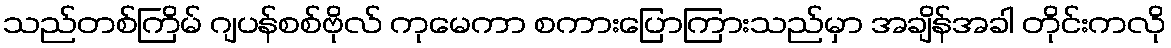
သည်တစ်ကြိမ် ဂျပန်စစ်ဗိုလ် ကုမေကာ စကားပြောကြားသည်မှာ အချိန်အခါ တိုင်းကလို